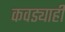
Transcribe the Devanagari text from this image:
कवड्याही